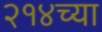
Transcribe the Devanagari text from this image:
२१४च्या